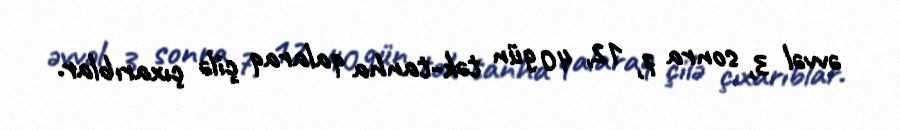
əvvəl 3, sonra 7, 12, 40 gün tək-tanha qalaraq çilə çıxarıblar.